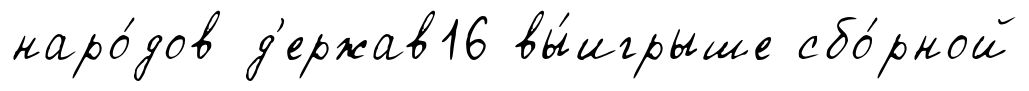
наро́дов д'ержав16 вы́игрыше сбо́рной